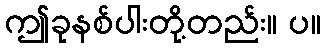
ဤခုနစ်ပါးတို့တည်း။ ပ။